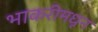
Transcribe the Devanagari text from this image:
भाकरीमधून